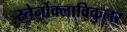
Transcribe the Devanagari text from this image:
स्तेर्नोक्लाविकुलर